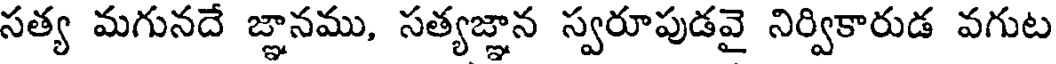
సత్య మగునదే జ్ఞానము, సత్యజ్ఞాన స్వరూపుడవై నిర్వికారుడ వగుట